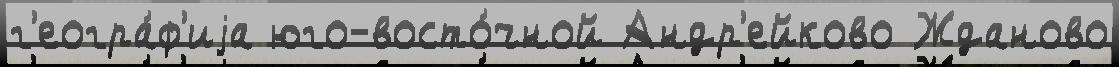
г'еогра́ф'иjа юго-восто́чной Андр'ейково Жданово